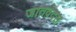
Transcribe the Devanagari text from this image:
जातवेदस